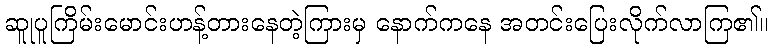
ဆူုပူကြိမ်းမောင်းဟန့်တားနေတဲ့ကြားမှ နောက်ကနေ အတင်းပြေးလိုက်လာကြ၏။